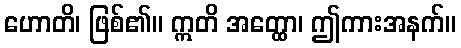
ဟောတိ၊ ဖြစ်၏။ ဣတိ အတ္ထော၊ ဤကားအနက်။